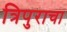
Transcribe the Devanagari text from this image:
त्रिपुराचा